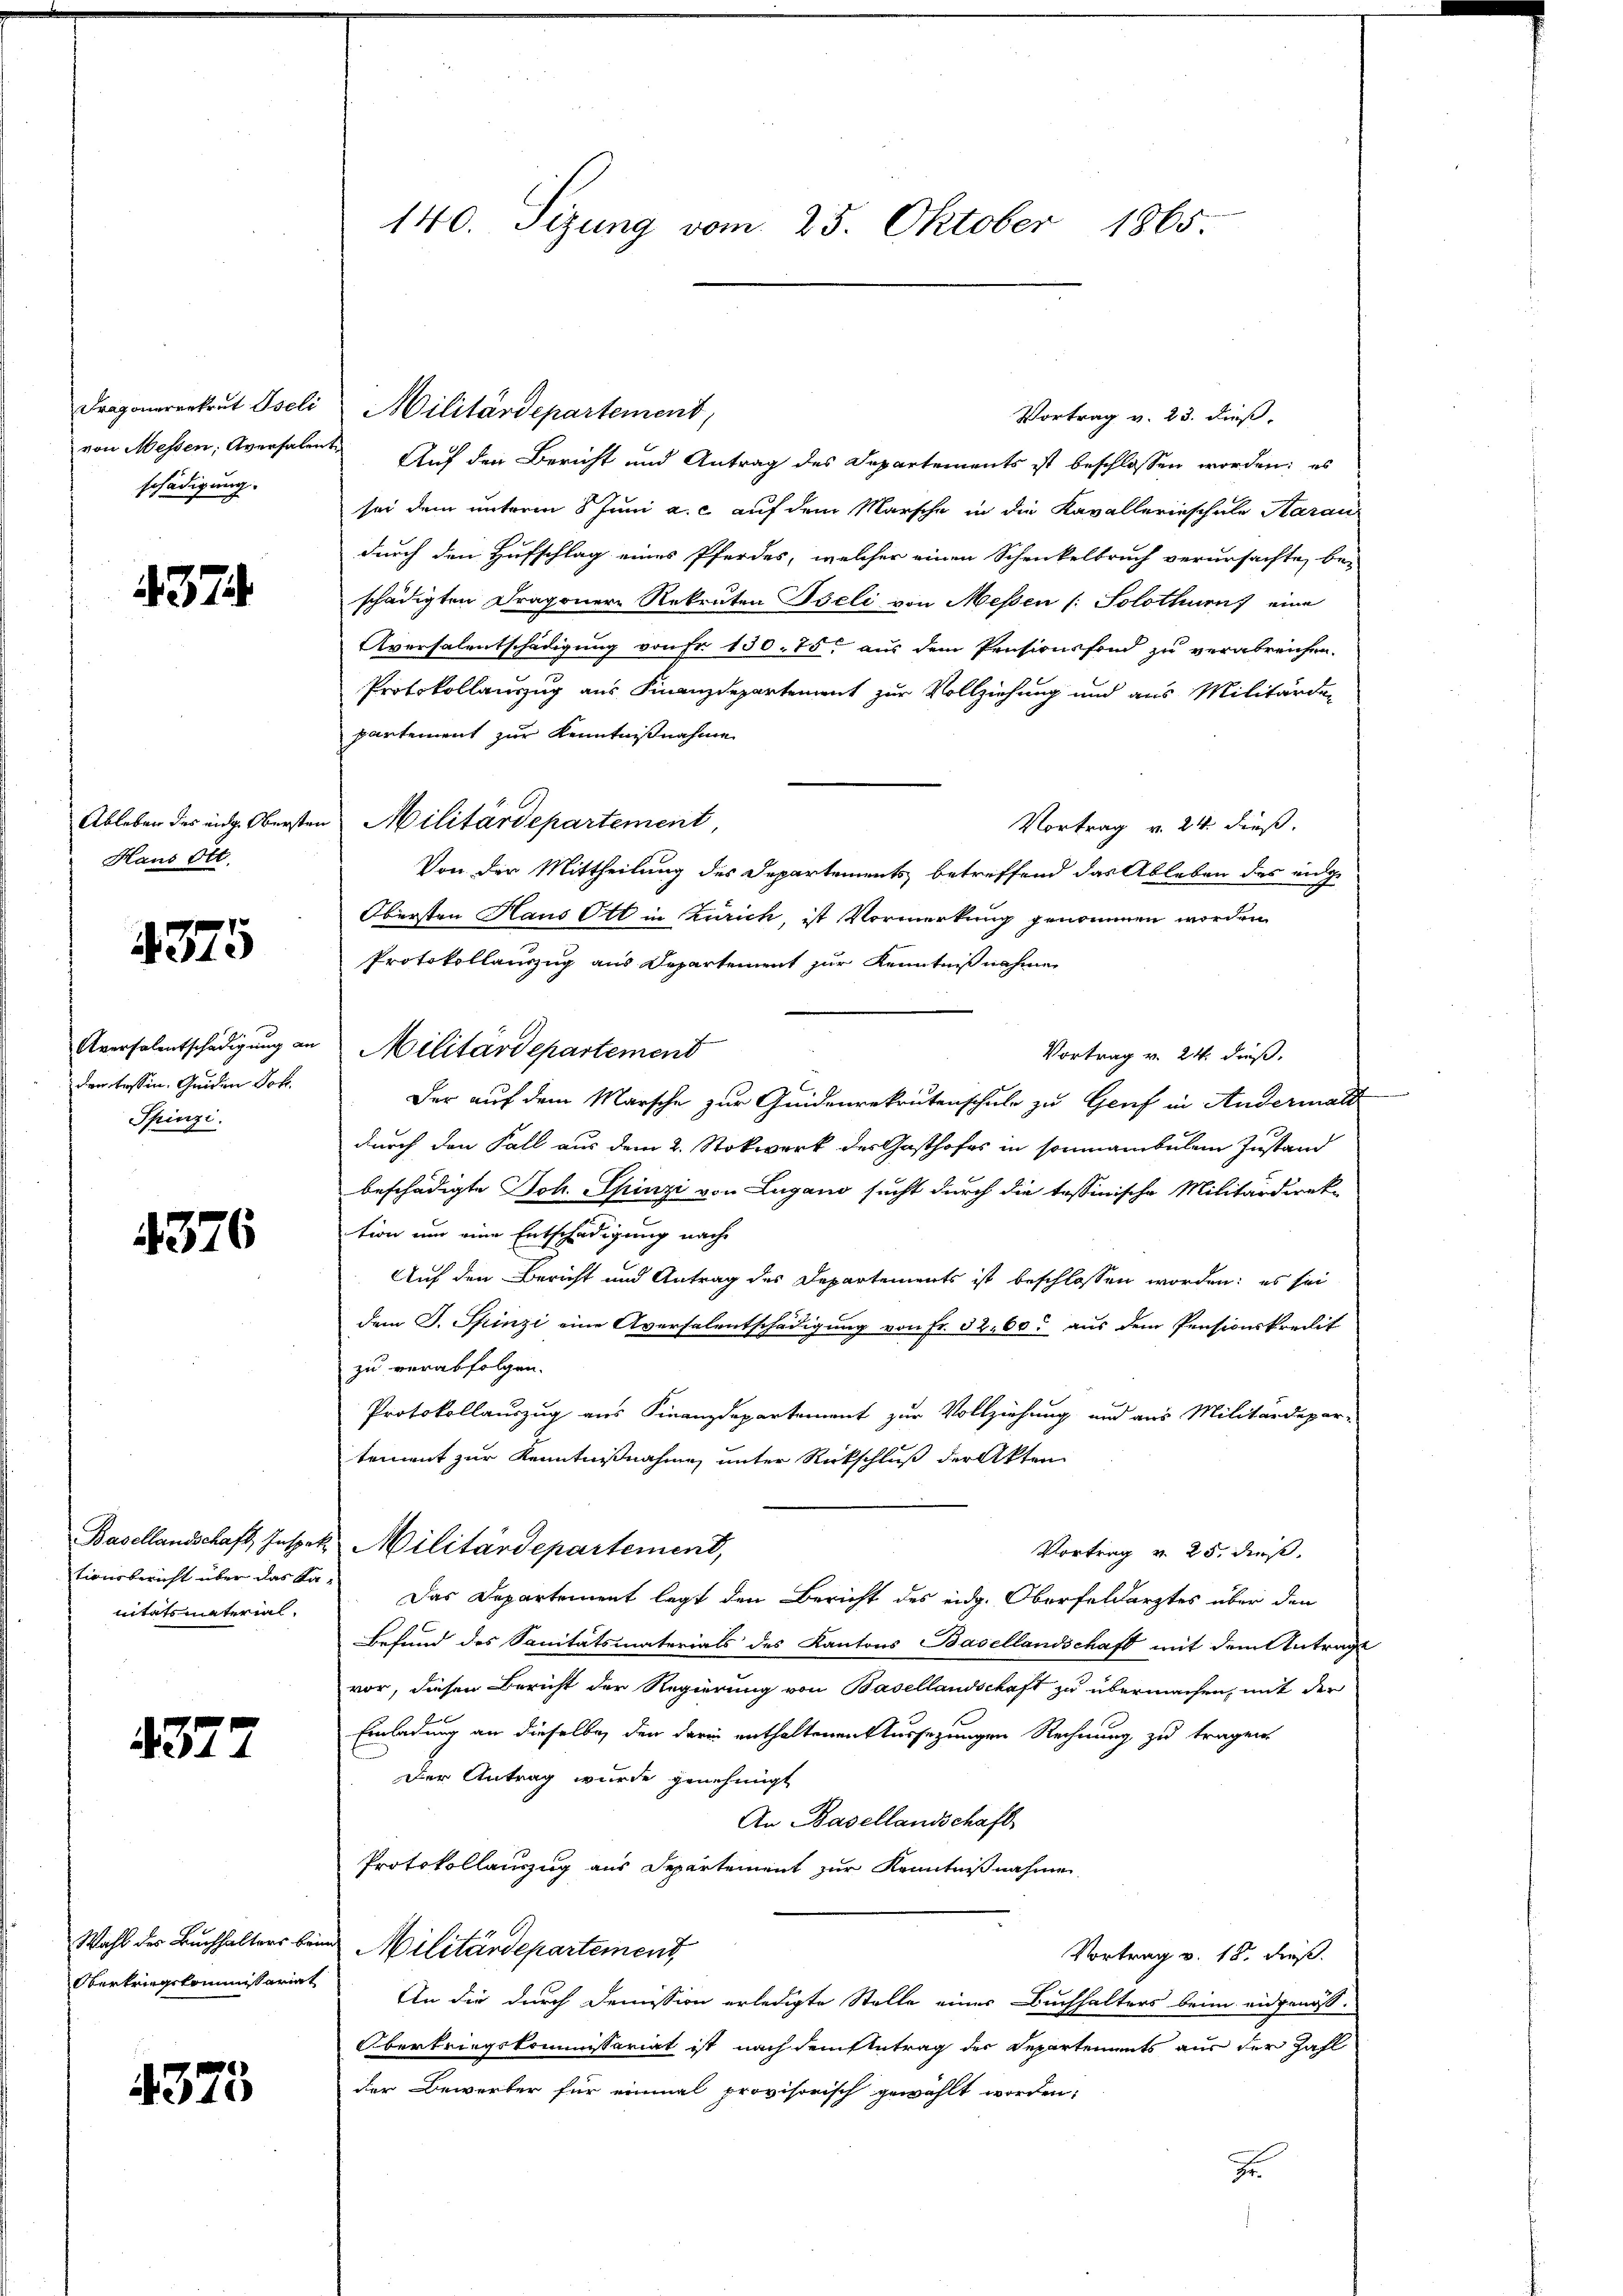
Dragonerrekrut Iseli
von Messen, Aversalen
schädigung.

437

Ableben des eidg. Obersten
Haus Ott.

4375

Aversalentschädigung an
den tessen. Geiden Joh.
Spinzi

4376

tionsbericht über das Kanitatsmaterial

4377

Wahl des Buchhalters beim
Oberkriegskommissariat

4373

140. Sizung vom 25. Oktober 1865.

Militärdepartement,
Vortrag v. 23. dieß,
Auf den Bericht und Antrag des Departements ist beschlossen worden; es
sei dem unterm 8 Juni a. c. auf dem Marsche in die Kavallerieschule Aarau
durch den Hufschlag eines Pferdes, welcher einen Schenkelbruch verursachte, bei
schädigten Dragonere Rekruten Pieli von Messen (: Solothurns eine
Aversalentschädigung von Fr. 150. 75 aus dem Pensionsfond zu verabreichen.
Protokollauszug aus Finanzdepartement zur Vollziehung und aus Militärde-
partement zur Kenntnißnahme
Militärdepartement,
Vortrag v. 24. dieß.
Von der Mittheilung des Departements betreffend das Ableben des eige
Obersten Haus Ott in Zürich, ist Vormerkung genommen worden
Protokollauszug aus Departement zur Kenntnißnahmen
Militärdepartemend
Vortrag v. 24. dieß.
Der auf dem Marsche zur Quidenrekrutenschule zu Genf in Andermalt
durch den Fall aus dem 2. Stokwerk der Gasthofes in sommanibulen Zustand
beschädigte Joh. Spinzi von Lugano sucht durch die tessinische Militärdirek-
tion um eine Entschädigung nach
Auf den Bericht und Antrag des Departements ist beschlossen worden; es sei
dem J. Spinzi eine Aversalentschädigung von Fr. 32. 60 aus dem Pensionskredit
zu verabfolgen.
Protokollauszug aus Finanzdepartement zur Vollziehung und aus Militärdepar-
tement zur Kenntnißnahme, unter Rückschluß der Akten
Basellandschaft, Inspek. Militärdepartement,
Vortrag v. 25. dieß.
Das Departement legt den Bericht des eidg. Oberfeldarztes über den
Befund des Sanitätsmaterials des Kantons Basellandschaft mit dem Antrage
vor, diesen Bericht der Regierung von Basellandschaft zu übermachen, mit der
f
Einladung an dieselbe, den darin enthaltenen Aussezungen Rechnung zu tragen
Der Antrag wurde genehmigt
An Basellandschaft
Protokollauszug aus Departement zur Kenntnißnahme
Militärdepartement
Vortrag v. 18. dieß.
An die durch Demission erledigte Stelle eines Buchhalters beim eidgenös¬
Obertriegskommissariat ist nach dem Antrag der Repartements aus der Zahl
der Bewerber für einmal provisorisch gewählt worden,
F